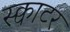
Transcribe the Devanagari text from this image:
स्क्वाटर